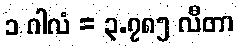
၁ ဂါလံ = ၃.၇၈၅ လီတာ